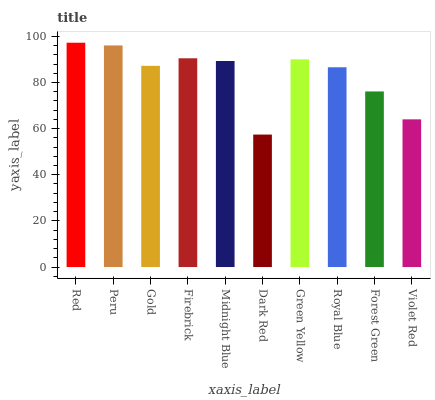
| xaxis_label | bars |
 | --- | --- |
 | Red | 97.3 |
 | Peru | 96.1 |
 | Gold | 87.2 |
 | Firebrick | 90.5 |
 | Midnight Blue | 89.3 |
 | Dark Red | 57.4 |
 | Green Yellow | 90 |
 | Royal Blue | 86.6 |
 | Forest Green | 76.1 |
 | Violet Red | 64 |